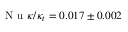
\mathrm { ~ N ~ u ~ } \kappa / \kappa _ { t } = 0 . 0 1 7 \pm 0 . 0 0 2